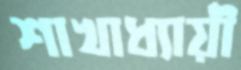
শাখাধ্যায়ী